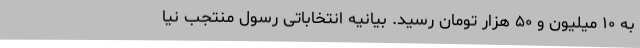
به ۱۰ میلیون و ۵۰ هزار تومان رسید. بیانیه انتخاباتی رسول منتجب نیا